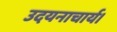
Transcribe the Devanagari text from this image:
उदयनाचार्य।